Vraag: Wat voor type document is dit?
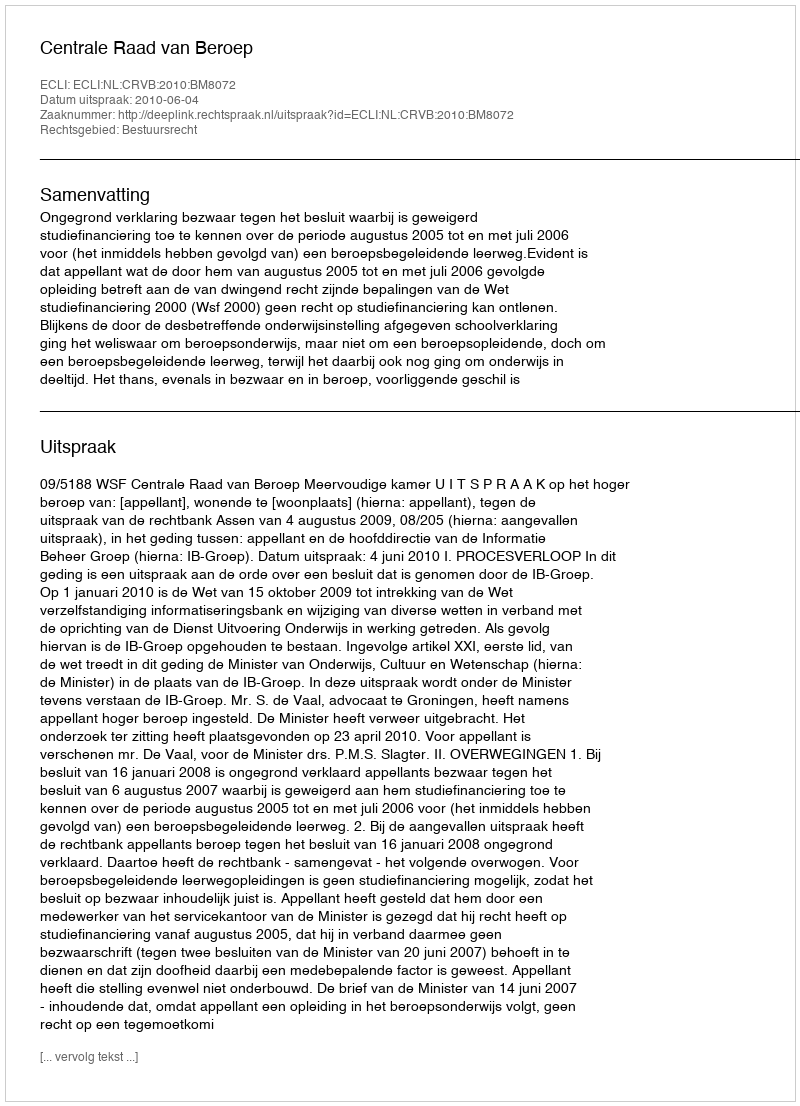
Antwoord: Uitspraak